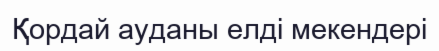
Қордай ауданы елді мекендері